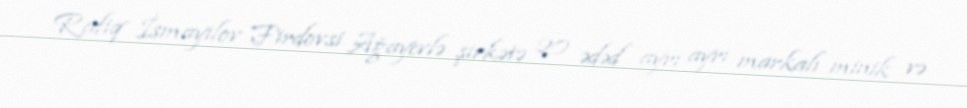
Rafiq İsmayılov Firdovsi Ağayevlə şirkətə 20 ədəd ayrı ayrı markalı minik və